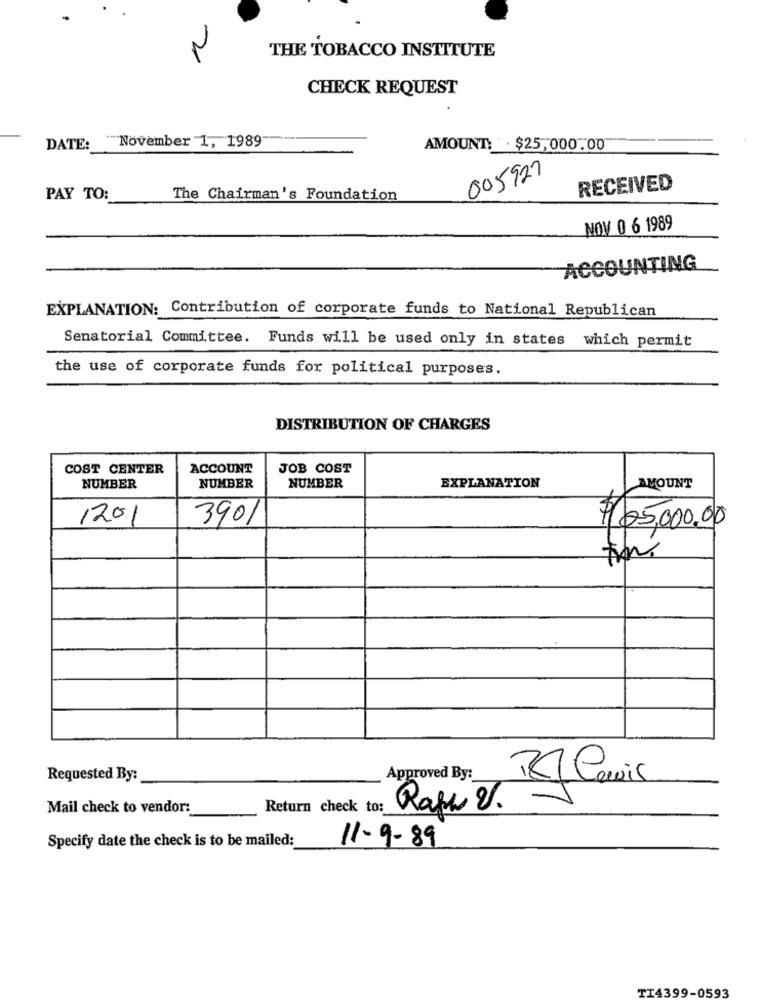
2
THE TOBACCO INSTITUTE
CHECK REQUEST
November 1, 1989
DATE:
AMOUNT: . $25,000.00
005927
RECEIVED
PAY TO:
The Chairman's Foundation
NOV 0 6 1989
ACCOUNTING
EXPLANATION: Contribution of corporate funds to National Republican
Senatorial Committee. Funds will be used only in states which permit
the use of corporate funds for political purposes.
DISTRIBUTION OF CHARGES
COST CENTER
ACCOUNT
JOB COST
NUMBER
NUMBER
NUMBER
EXPLANATION
AMOUNT
1201
3901
$25,000.00
Requested By:
Approved By:
Mail check to vendor:
Return check to:
Rafa V.
Specify date the check is to be mailed:
11-9-89
TI4399-0593